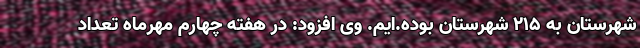
شهرستان به ۲۱۵ شهرستان بوده.ایم. وی افزود: در هفته چهارم مهرماه تعداد